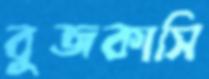
বুজকাসি